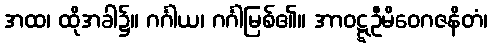
အထ၊ ထိုအခါ၌။ ဂင်္ဂါယ၊ ဂင်္ဂါမြစ်၏။ အာဝဋ္ဋဦမိဝေဂဇနိတံ၊